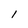
Character: 1